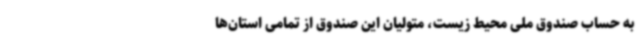
به حساب صندوق ملی محیط زیست، متولیان این صندوق از تمامی استان‌ها